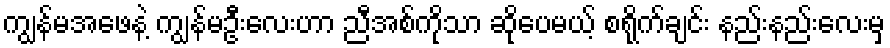
ကျွန်မအဖေနဲ့ ကျွန်မဦးလေးဟာ ညီအစ်ကိုသာ ဆိုပေမယ့် စရိုက်ချင်း နည်းနည်းလေးမှ